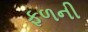
ફળની